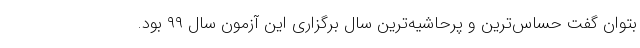
بتوان گفت حساس‌ترین و پرحاشیه‌ترین سال برگزاری این آزمون سال ۹۹ بود.